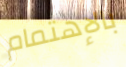
بالإهتمام